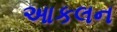
આકલન